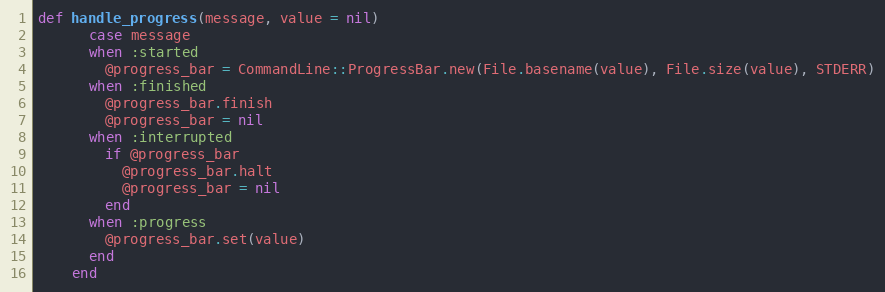
Language: Ruby
def handle_progress(message, value = nil)
      case message
      when :started
        @progress_bar = CommandLine::ProgressBar.new(File.basename(value), File.size(value), STDERR)
      when :finished
        @progress_bar.finish
        @progress_bar = nil
      when :interrupted
        if @progress_bar
          @progress_bar.halt
          @progress_bar = nil
        end
      when :progress
        @progress_bar.set(value)
      end
    end